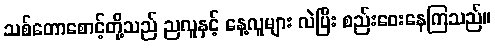
သစ်တောစောင့်တို့သည် ညလူနှင့် နေ့လူများ လဲပြီး စည်းဝေးနေကြသည်။